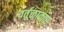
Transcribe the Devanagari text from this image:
वर्तूळाकार